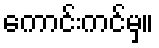
ကောင်းကင်မှ။